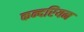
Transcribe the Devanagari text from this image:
कन्दरियन